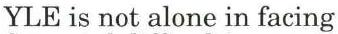
YLE is not alone in facing